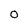
Character: 0